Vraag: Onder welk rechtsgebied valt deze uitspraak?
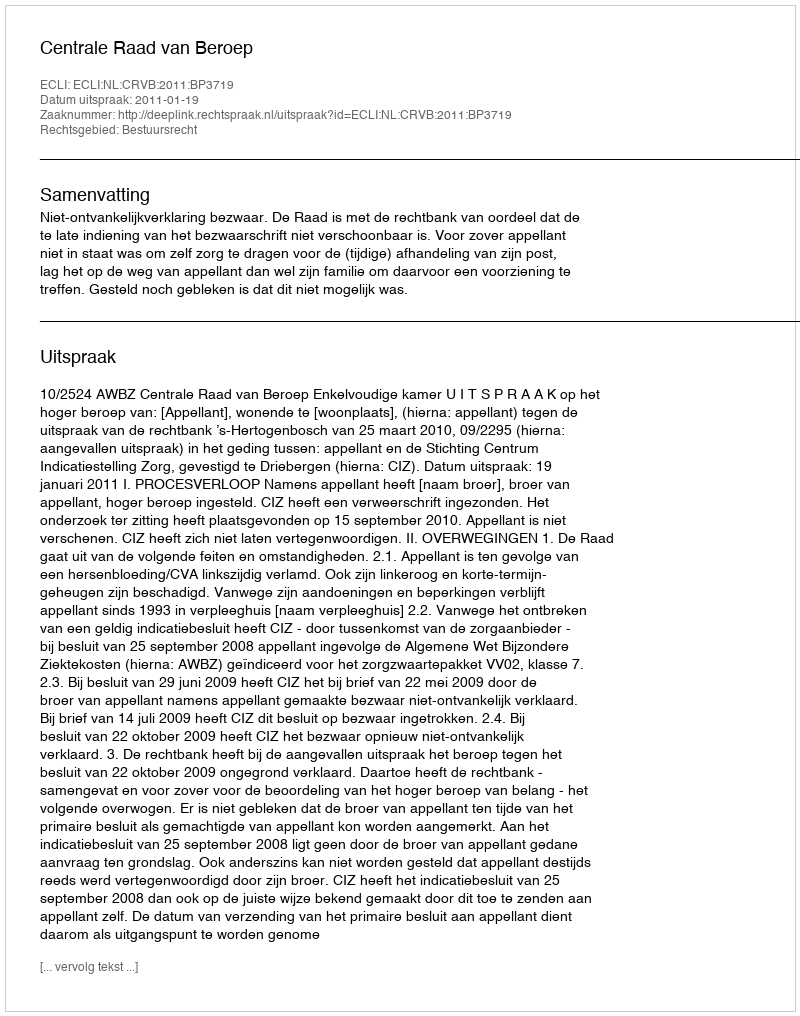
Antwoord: Bestuursrecht